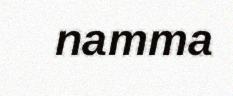
namma